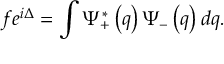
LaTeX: f e ^ { i \Delta } = \int \Psi _ { + } ^ { \ast } \left( q \right) \Psi _ { - } \left( q \right) d q .